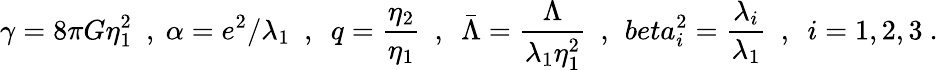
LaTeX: \gamma=8\pi G\eta_{1}^{2}\ \ ,\ \alpha=e^{2}/\lambda_{1}\ \ ,\ \ q=\frac{\eta_{2}}{\eta_{1}}\ \ ,\ \ {\bar{\Lambda}}=\frac\Lambda{\lambda_{1}\eta_{1}^{2}}\ \ ,\ \, beta_{i}^{2}=\frac{\lambda_{i}}{\lambda_{1}}\ \ ,\ \ i=1,2,3\ .